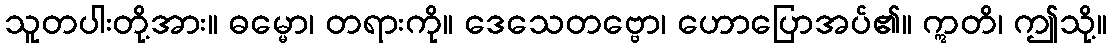
သူတပါးတို့အား။ ဓမ္မော၊ တရားကို။ ဒေသေတဗ္ဗော၊ ဟောပြောအပ်၏။ ဣတိ၊ ဤသို့။